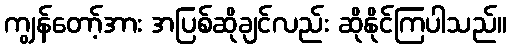
ကျွန်တော့်အား အပြစ်ဆိုချင်လည်း ဆိုနိုင်ကြပါသည်။